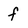
Character: f